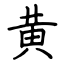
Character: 黄